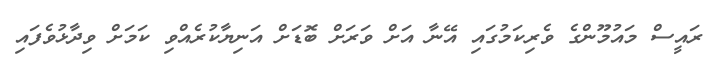
ރައީސް މައުމޫންގެ ވެރިކަމުގައި އޭނާ އަށް ވަރަށް ބޮޑަށް އަނިޔާކުރެއްވި ކަމަށް ވިދާޅުވެފައި